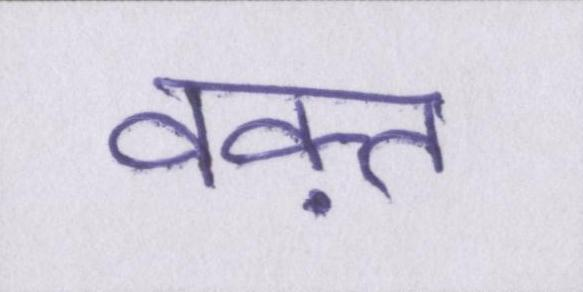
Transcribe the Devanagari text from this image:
वक़्त